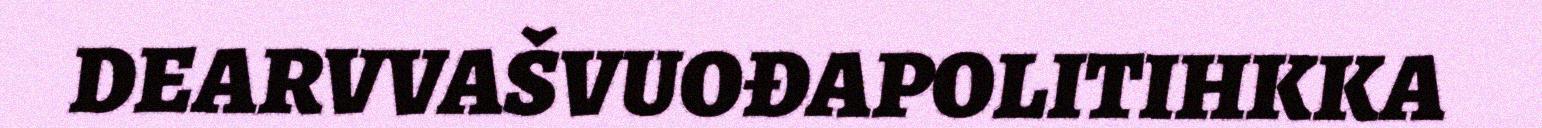
DEARVVAŠVUOĐAPOLITIHKKA